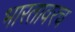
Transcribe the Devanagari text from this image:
भारतावरच